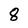
Character: 8